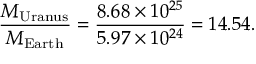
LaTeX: { \frac { M _ { \mathrm { U r a n u s } } } { M _ { \mathrm { E a r t h } } } } = { \frac { 8 . 6 8 \times 1 0 ^ { 2 5 } } { 5 . 9 7 \times 1 0 ^ { 2 4 } } } = 1 4 . 5 4 .